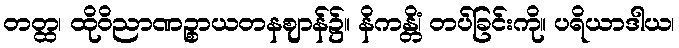
တတ္ထ၊ ထိုဝိညာဏဉ္စာယတနဈာန်၌။ နိကန္တိံ၊ တပ်ခြင်းကို။ ပရိယာဒါယ၊